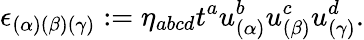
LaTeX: \epsilon_{(\alpha)(\beta)(\gamma)}:=\eta_{abcd}t^{a}u_{(\alpha)}^{b}u_{(\beta)}^{c}u_{(\gamma)}^{d}.